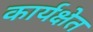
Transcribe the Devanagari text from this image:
कार्यक्षेत